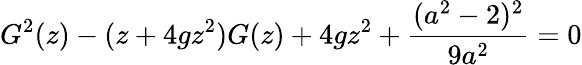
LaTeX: G^{2}(z)-(z+4gz^{2})G(z)+4gz^{2}+{\frac{(a^{2}-2)^{2}}{9a^{2}}}=0